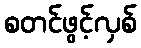
စတင်ဖွင့်လှစ်